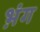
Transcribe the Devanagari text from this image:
भ़ंग